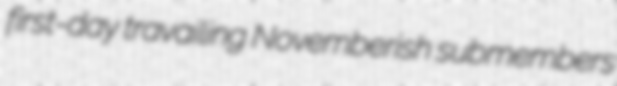
first-day travailing Novemberish submembers